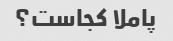
پاملا کجاست؟